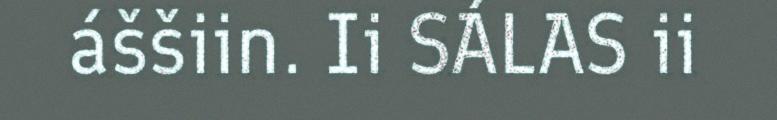
áššiin. Ii SÁLAS ii